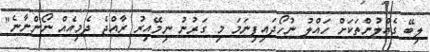
ލިބޭ ގެއްލުންތަކަށް ހައްލު ނުހޯދައިފިނަމަ މި ގަރުނު ނިމޭއިރު ރާއްޖެ ދެމިއެއް ނޯންނާނެ"